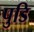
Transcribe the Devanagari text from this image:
पुडि